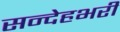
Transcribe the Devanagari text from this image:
सन्देहभरी